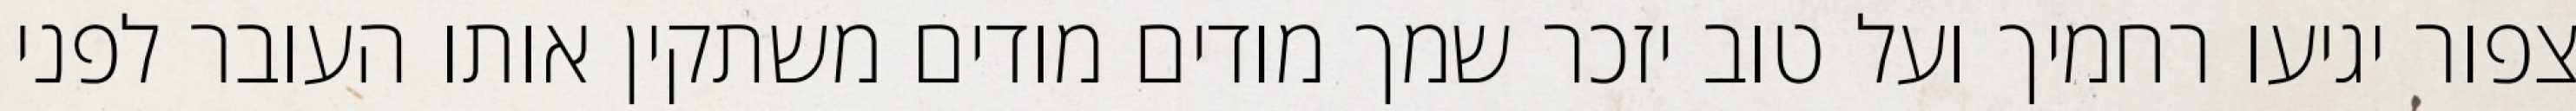
צפור יגיעו רחמיך ועל טוב יזכר שמך מודים מודים משתקין אותו העובר לפני